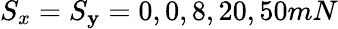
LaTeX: S_{x}=S_{\mathbf{y}}=0,0,8,20,50mN